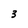
Character: 3